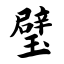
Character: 璧